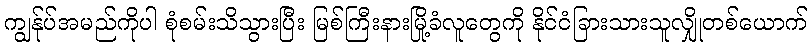
ကျွန်ုပ်အမည်ကိုပါ စုံစမ်းသိသွားပြီး မြစ်ကြီးနားမြို့ခံလူတွေကို နိုင်ငံခြားသားသူလျှိုတစ်ယောက်